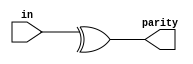
//bitwise operations 
//tedious 

/**
"Reduction operators"
unary operatorsone bit of output
& a[3:0]     
// AND: a[3]&a[2]&a[1]&a[0]. Equivalent to (a[3:0] == 4'hf)
| b[3:0]     
// OR:  b[3]|b[2]|b[1]|b[0]. Equivalent to (b[3:0] != 4'h0)
^ c[2:0]     
// XOR: c[2]^c[1]^c[0]
**/

//Parity checking
//imperfect 

//XOR
//We will use "even" parity, where the parity bit is just the XOR of all 8 data bits. 

//even parity 
//odd parity 

module top_module(
    input [7:0] in,
    output parity
);
    assign parity = ^in[7:0];

endmodule